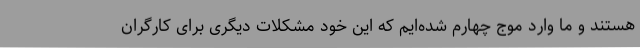
هستند و ما وارد موج چهارم شده‌ایم که این خود مشکلات دیگری برای کارگران